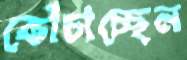
কোঁচাচ্ছেন